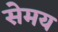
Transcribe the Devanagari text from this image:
सेमय